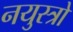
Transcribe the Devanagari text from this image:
नयुस्त्रो